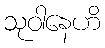
သုဝါနေဟိ